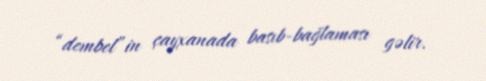
“dembel”in çayxanada basıb-bağlaması gəlir.